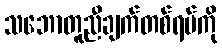
သဘောတူညီချက်တစ်ရပ်ကို